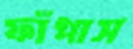
ফাঁপাস